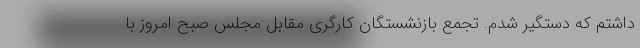
داشتم که دستگیر شدم. تجمع بازنشستگان کارگری مقابل مجلس صبح امروز با